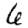
Digit: 6